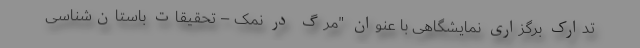
تدارک برگزاری نمایشگاهی با عنوان "مرگ در نمک – تحقیقات باستان‌شناسی